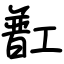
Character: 㠮